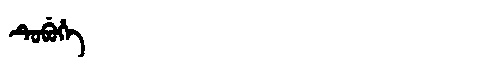
Manchu: ᡨᡠᠪᡠᡥᡝ
Romanization: TUBUHE